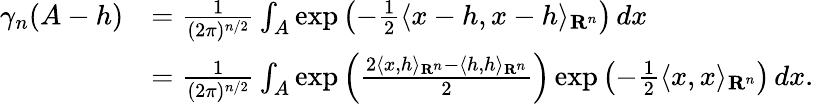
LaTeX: {\begin{array}{rl}{\gamma_{n}(A-h)}&{={\frac{1}{(2\pi)^{n/2}}}\int_{A}\exp\left(-{\frac{1}{2}}\langle x-h,x-h\rangle_{\mathbf{R}^{n}}\right)\, dx}\\ &{={\frac{1}{(2\pi)^{n/2}}}\int_{A}\exp\left({\frac{2\langle x,h\rangle_{\mathbf{R}^{n}}-\langle h,h\rangle_{\mathbf{R}^{n}}}{2}}\right)\exp\left(-{\frac{1}{2}}\langle x,x\rangle_{\mathbf{R}^{n}}\right)\, dx.}\end{array}}